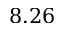
8 . 2 6